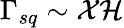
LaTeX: \Gamma_{sq}\sim\mathcal{X}\mathcal{H}